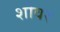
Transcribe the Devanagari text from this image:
शोवर